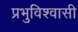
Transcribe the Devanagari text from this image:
प्रभुविश्वासी